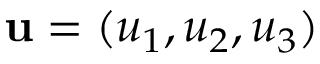
{ \mathbf u } = ( u _ { 1 } , u _ { 2 } , u _ { 3 } )